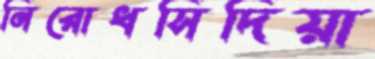
নিরোধসিদিয়া